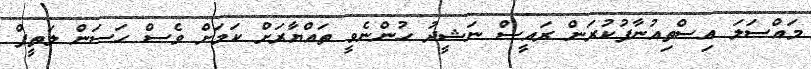
މައްސަލަ އިސްތިއުނާފުކުރަން ރައީސް ނަޝީދު ހުންނެވީ ތައްޔާރަށް ކަމަށް ވެސް ހަސަން ލަތީފް